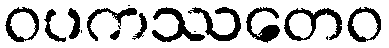
ဝပကဿတေဝ